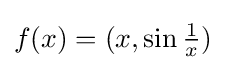
f(x)=(x,\sin {\tfrac {1}{x}})